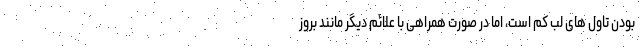
بودن تاول های لب کم است، اما در صورت همراهی با علائم دیگر مانند بروز